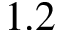
1 . 2